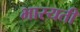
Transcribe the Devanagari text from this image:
भास्यती